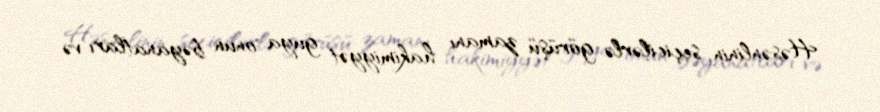
Həsənlinin seçicilərlə görüşü zamanı hakimiyyət guya onun bəyanatları və